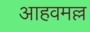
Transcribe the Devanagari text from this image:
आहवमल्ल